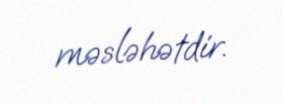
məsləhətdir.